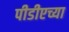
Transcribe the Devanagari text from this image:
पीडीएच्या